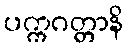
ပက္ကဂတ္တာနိ